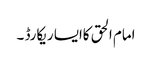
امام الحق کاایسا ریکارڈ ۔